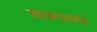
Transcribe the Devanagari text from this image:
डवअमउमदजे